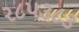
ર૮પ૩૮૩